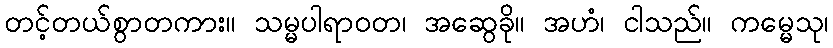
တင့်တယ်စွာတကား။ သမ္မပါရာဝတ၊ အဆွေခို။ အဟံ၊ ငါသည်။ ကမ္မေသု၊